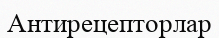
Антирецепторлар